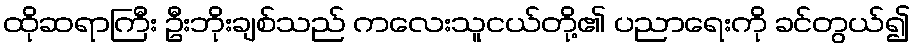
ထိုဆရာကြီး ဦးဘိုးချစ်သည် ကလေးသူငယ်တို့၏ ပညာရေးကို ခင်တွယ်၍